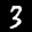
Label: 3